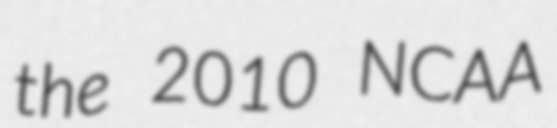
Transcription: the 2010 NCAA